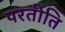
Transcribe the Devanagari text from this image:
परतीति